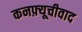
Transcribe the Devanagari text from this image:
कनफ़्यूचीवाद